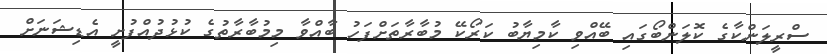
ސްރީލަންކާގެ ކޮލަންބޯގައި ބޭއްވި ކާމިޔާބު ކަރޯކޭ މުބާރާތަށްފަހު ބާއްވާ މިމުބާރާތުގެ ކުޅުދުއްފުށީ އެޑިޝަނަށް